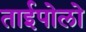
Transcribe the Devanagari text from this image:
ताईपोलो